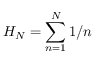
H _ { N } = \sum _ { n = 1 } ^ { N } 1 / n